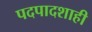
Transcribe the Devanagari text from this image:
पदपादशाही